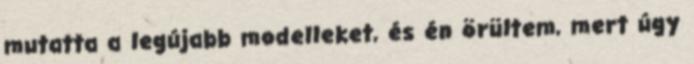
mutatta a legújabb modelleket, és én örültem, mert úgy